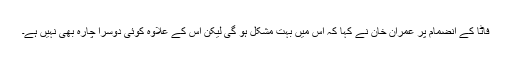
فاٹا کے انضمام پر عمران خان نے کہا کہ اس میں بہت مشکل ہو گی لیکن اس کے علاوہ کوئی دوسرا چارہ بھی نہیں ہے۔